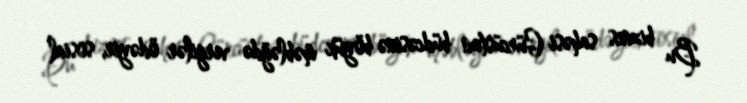
Bu biznes sahəsi Gürcüstan büdcəsinə böyük məbləğdə vergilər ödəyir, sosial